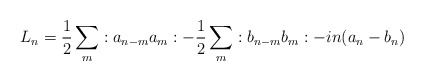
\begin{align*}L_n={\frac 1 2}\sum\limits_{m}:a_{n-m}a_m:-{\frac 1 2}\sum\limits_{m}:b_{n-m}b_m:-in(a_n-b_n)\end{align*}